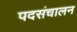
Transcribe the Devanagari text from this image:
पदसंचालन